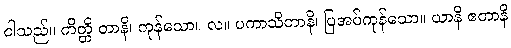
ငါသည်။ ကိတ္တိ တာနိ၊ ကုန်သော။ လ။ ပကာသိတာနိ၊ ပြအပ်ကုန်သော။ ယာနိ ဧတာနိ